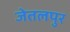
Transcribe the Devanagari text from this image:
जेतलपुर